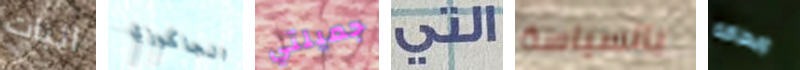
اثبات الجاكوزي جميلتي التي بالسياسة وبطاقة